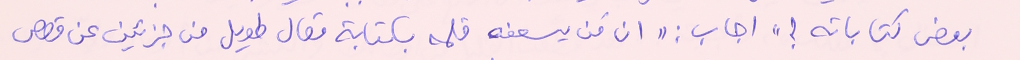
بعض كتاباته ؟" اجاب: "ان مَن يسعفه قلمه بكتابة مقال طويل من جزئين عن قصص